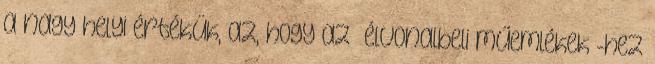
a nagy helyi értékük, az, hogy az „élvonalbeli műemlékek”-hez